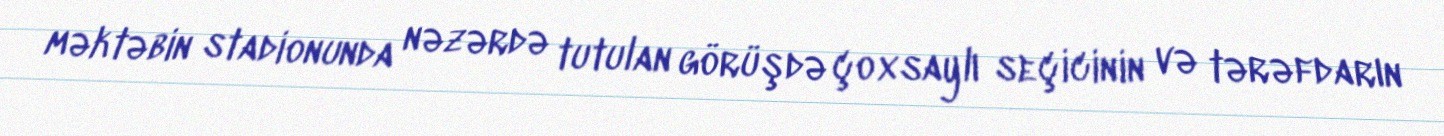
məktəbin stadionunda nəzərdə tutulan görüşdə çoxsaylı seçicinin və tərəfdarın